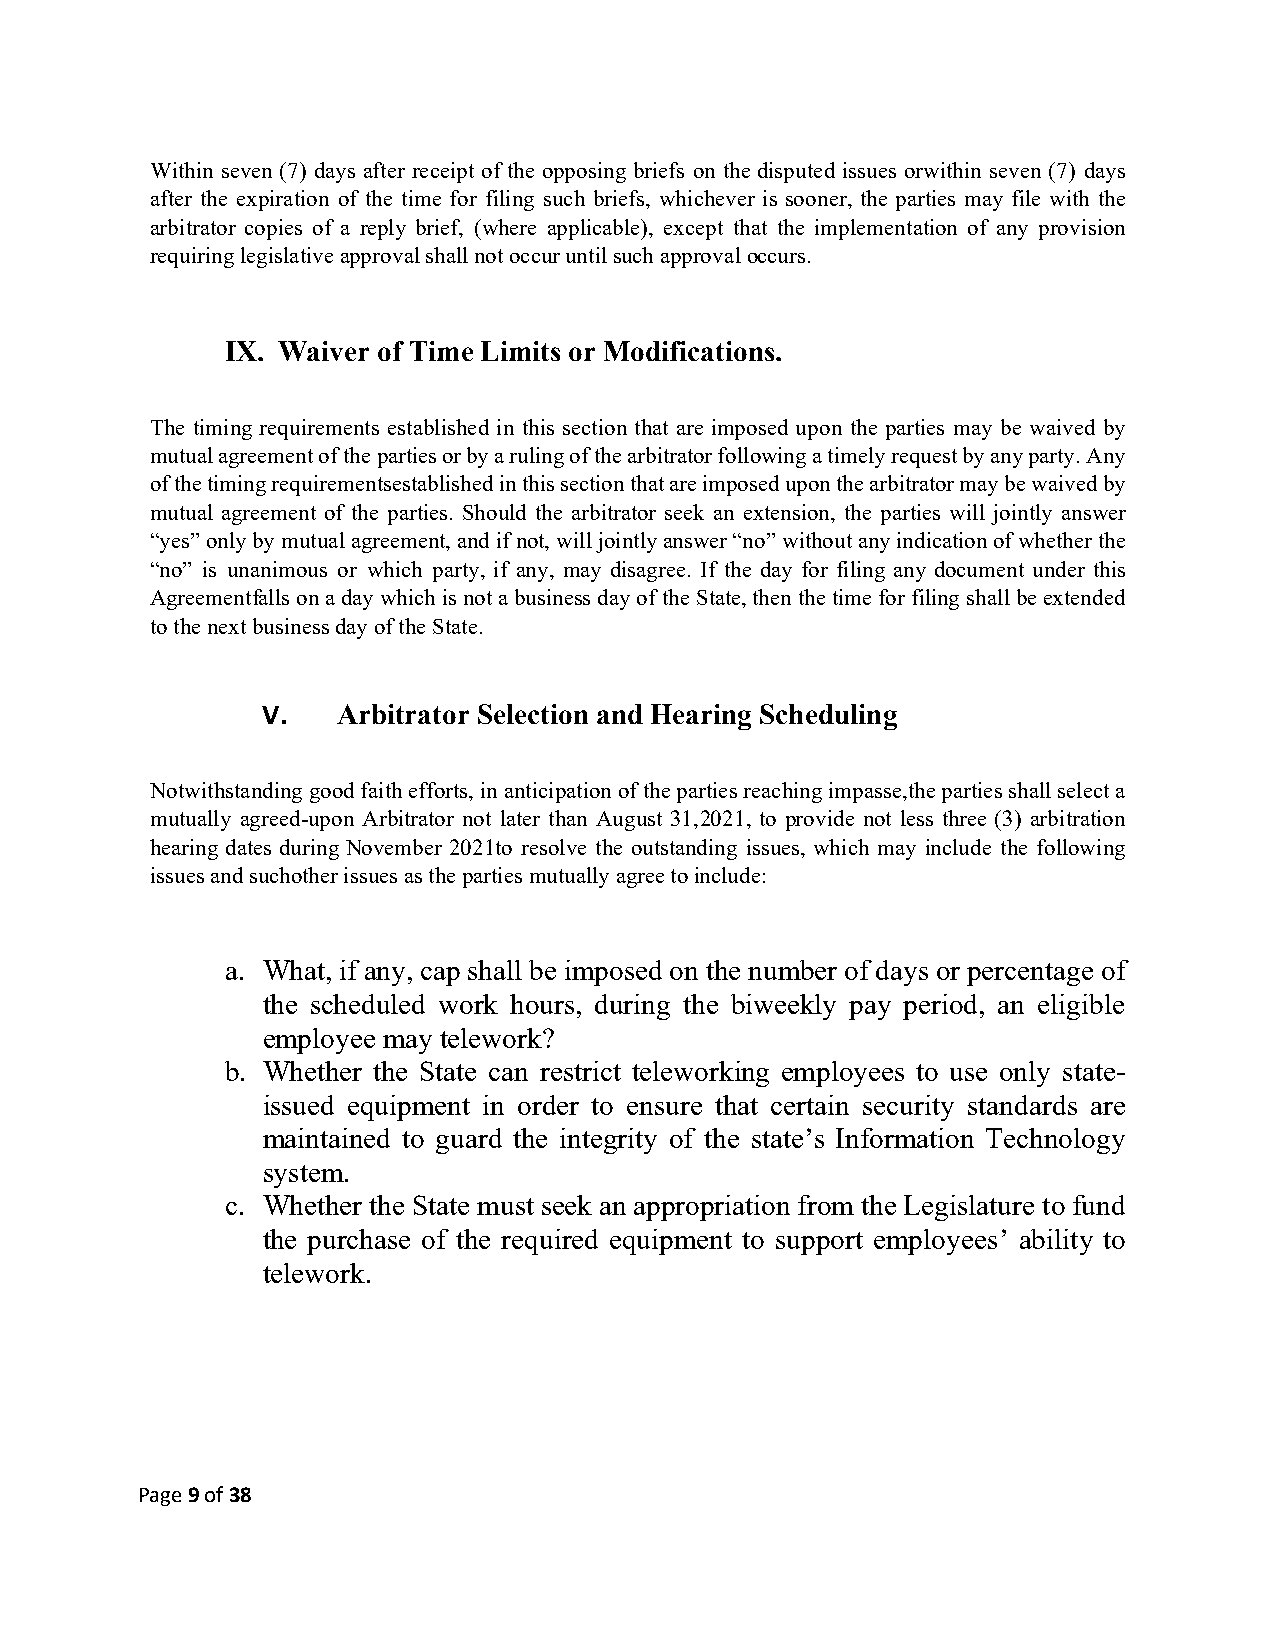
Within seven (7) days after receipt of the opposing briefs on the disputed issues or within seven (7) days
 after the expiration of the time for filing such briefs, whichever is sooner, the parties may file with the
 arbitrator copies of a reply brief, (where applicable), except that the implementation of any provision
 requiring legislative approval shall not occur until such approval occurs.
 IX. Waiver of Time Limits or Modifications.
 The timing requirements established in this section that are imposed upon the parties may be waived by
 mutual agreement of the parties or by a ruling of the arbitrator following a timely request by any party. Any
 of the timing requirements established in this section that are imposed upon the arbitrator may be waived by
 mutual agreement of the parties. Should the arbitrator seek an extension, the parties will jointly answer
 “yes” only by mutual agreement, and if not, will jointly answer “no” without any indication of whether the
 “no” is unanimous or which party, if any, may disagree. If the day for filing any document under this
 Agreement falls on a day which is not a business day of the State, then the time for filing shall be extended
 to the next business day of the State.
 V.   Arbitrator Selection and Hearing Scheduling
 Notwithstanding good faith efforts, in anticipation of the parties reaching impasse, the parties shall select a
 mutually agreed-upon Arbitrator not later than August 31, 2021, to provide not less three (3) arbitration
 hearing dates during November 2021 to resolve the outstanding issues, which may include the following
 issues and such other issues as the parties mutually agree to include:
 a. What, if any, cap shall be imposed on the number of days or percentage of
 the scheduled work hours, during the biweekly pay period, an eligible
 employee may telework?
 b. Whether the State can restrict teleworking employees to use only state-
 issued equipment in order to ensure that certain security standards are
 maintained to guard the integrity of the state’s Information Technology
 system.
 c. Whether the State must seek an appropriation from the Legislature to fund
 the purchase of the required equipment to support employees’ ability to
 telework.
 Page 9 of 38